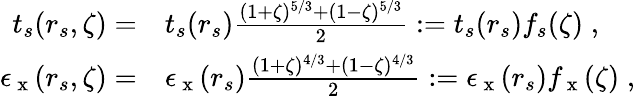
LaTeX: \begin{array}{rl}{t_{s}(r_{s},\zeta)=}&{{}t_{s}(r_{s})\frac{(1+\zeta)^{5/3}+(1-\zeta)^{5/3}}{2}:=t_{s}(r_{s})f_{s}(\zeta)\; ,}\\ {\epsilon_{\mathrm{~x~}}(r_{s},\zeta)=}&{{}\epsilon_{\mathrm{~x~}}(r_{s})\frac{(1+\zeta)^{4/3}+(1-\zeta)^{4/3}}{2}:=\epsilon_{\mathrm{~x~}}(r_{s})f_{\mathrm{~x~}}(\zeta)\; ,}\end{array}